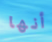
أنها